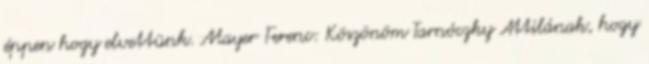
éppen hogy elvettünk. Mayer Ferenc: Köszönöm Tarnóczky Attilának, hogy